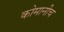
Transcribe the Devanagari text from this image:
कोमानीच